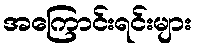
အကြောင်းရင်းများ